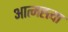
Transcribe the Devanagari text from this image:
आत्मह्त्त्या